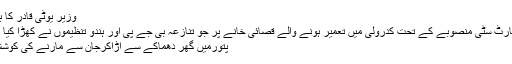
وزیر یوٹی قادر کا بیان
سمارٹ سٹی منصوبے کے تحت کدرولی میں تعمیر ہونے والے قصائی خانے پر جو تنازعہ بی جے پی اور ہندو تنظیموں نے کھڑا کیا ہے
پتورمیں گھر دھماکے سے اڑاکرجان سے مارنے کی کوشش ۔